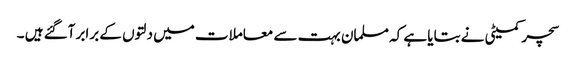
سچر کمیٹی نے بتایا ہے کہ مسلمان بہت سے معاملات میں دلتوں کے برابر آگئے ہیں ۔